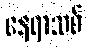
နေရာသစ်